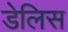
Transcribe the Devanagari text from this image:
डेलिस